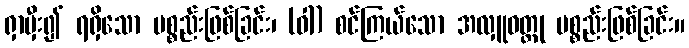
ရှာမှီး၍ ရရှိသော ပစ္စည်းဖြစ်ခြင်း၊ (ဝါ) စင်ကြယ်သော အလှူဝတ္ထု ပစ္စည်းဖြစ်ခြင်း။